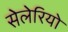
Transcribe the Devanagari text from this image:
सेलेरियो